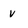
Character: v